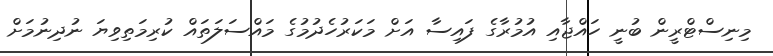
މިނިސްޓްރީން ބުނީ ހައްޖާއި އުމުރާގެ ފައިސާ އަށް މަކަރުހެދުމުގެ މައްސަލަތައް ކުރިމަތިވިޔަ ނުދިނުމަށް